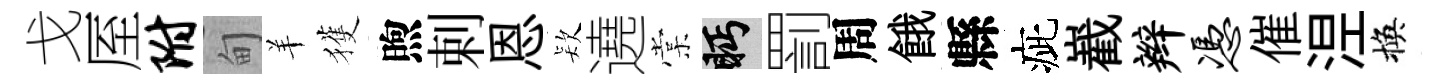
戈厔附甸羊獲煦剌恩𣣇遶棠眄罰周餓縣疵嶻辫凭催𣵀換